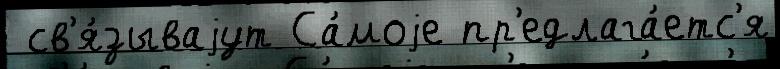
 св'я́зываjут Са́моjе пр'едлага́етс'я